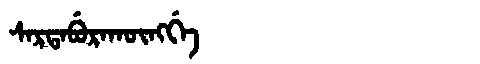
Manchu: ᠰᠠᡵᡨᠠᠪᡠᡵᠠᡴᡡᠩᡤᡝ
Romanization: SARTABURAKŪNGGE